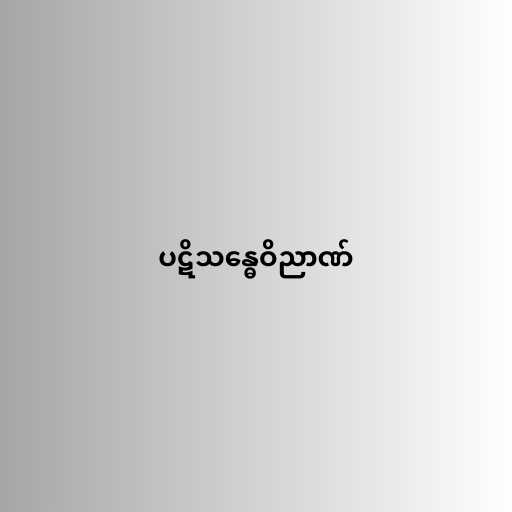
ပဋိသန္ဓေဝိညာဏ်